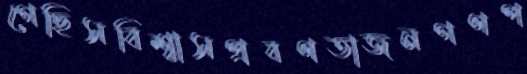
গেছিসবিশ্বাসপ্রবণতাজনগণপ